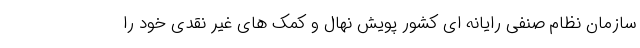
سازمان نظام صنفی رایانه ای کشور پویش نهال و کمک های غیر نقدی خود را